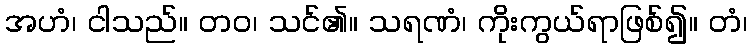
အဟံ၊ ငါသည်။ တဝ၊ သင်၏။ သရဏံ၊ ကိုးကွယ်ရာဖြစ်၍။ တံ၊